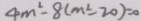
4 m ^ { 2 } - 8 ( m ^ { 2 } - 2 0 ) = 0